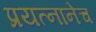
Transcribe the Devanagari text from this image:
प्रयत्नानेच